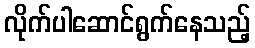
လိုက်ပါဆောင်ရွက်နေသည့်